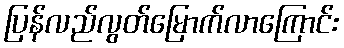
ပြန်လည်လွတ်မြောက်လာကြောင်း